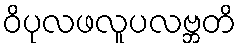
ဝိပုလဖလူပလဗ္ဘတိ